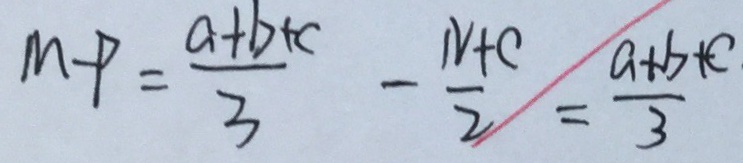
M - P = \frac { a + b + c } { 3 } - \frac { N + c } { 2 } = \frac { a + b + c } { 3 }